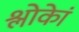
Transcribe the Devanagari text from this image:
श्लोकेां